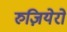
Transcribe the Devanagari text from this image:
रुज़ियेरो